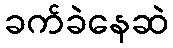
ခက်ခဲနေဆဲ